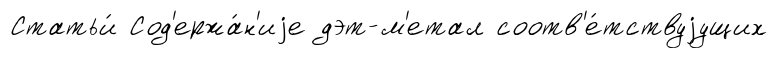
Статьи́ Сод'ержа́н'иjе дэт-м'етал соотв'е́тствуjущих